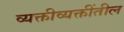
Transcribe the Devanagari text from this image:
व्यक्तीव्यक्तींतील